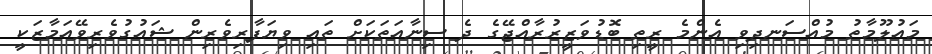
މައުލޫމާތު މުއްސަނދިވި އެންމެ ރީތި ބޮޑުވަޒީރުރާއްޖޭގެ ދެ ސިނާއަތަކަށް ތައި ވިޔަފާރިވެރިން ޝައުގުވެރިވޭއަމާޒަކީ